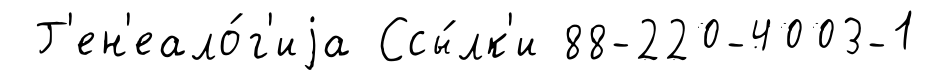
Г'ен'еало́г'иjа Ссы́лк'и 88-220-4003-1